Indian journal of veterinary science and animal husbandry - Volume 4,
Year: 1934
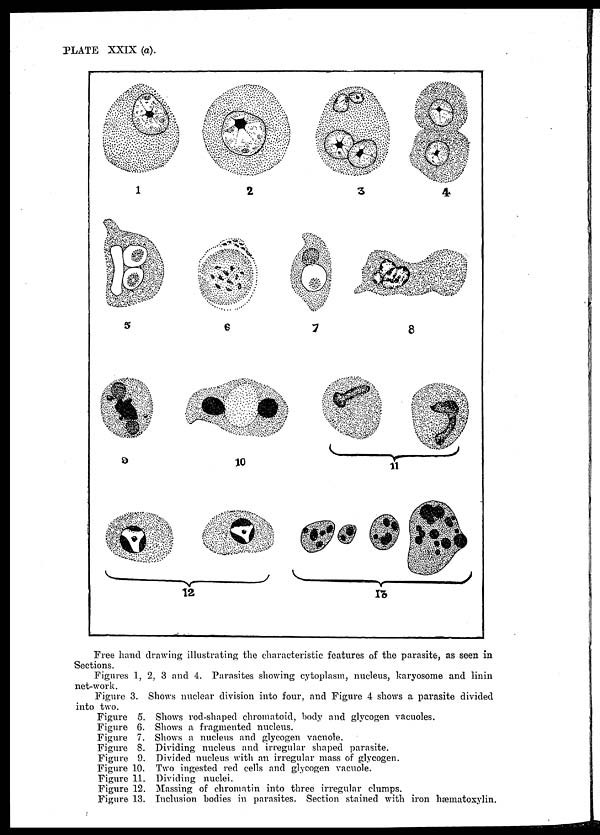
PLATE XXIX (a).
Free hand drawing illustrating the characteristic features of the parasite, as seen in
Sections.
Figures 1, 2, 3 and 4. Parasites showing cytoplasm, nucleus, karyosome and linin
net-work.
Figure 3. Shows nuclear division into four, and Figure 4 shows a parasite divided
into two.
Figure 5. Shows rod-shaped chromatoid, body and glycogen vacuoles.
Figure 6. Shows a fragmented nucleus.
Figure 7. Shows a nucleus and glycogen vacuole.
Figure 8. Dividing nucleus and irregular shaped parasite.
Figure 9. Divided nucleus with an irregular mass of glycogen.
Figure 10. Two ingested red cells and glycogen vacuole.
Figure 11. Dividing nuclei.
Figure 12. Massing of chromatin into three irregular clumps.
Figure 13. Inclusion bodies in parasites. Section stained with iron hæmatoxylin.